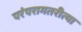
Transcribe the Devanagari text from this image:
परंपरागतरीत्या